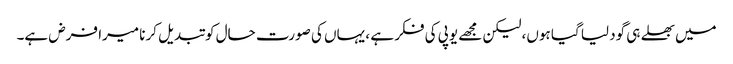
میں بھلے ہی گود لیا گیا ہوں، لیکن مجھے یوپی کی فکر ہے ، یہاں کی صورت حال کو تبدیل کرنا میرا فرض ہے۔